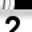
Digit: 2